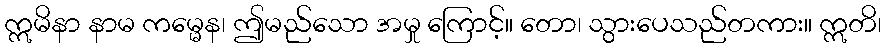
ဣမိနာ နာမ ကမ္မေန၊ ဤမည်သော အမှု ကြောင့်။ တော၊ သွားပေသည်တကား။ ဣတိ၊